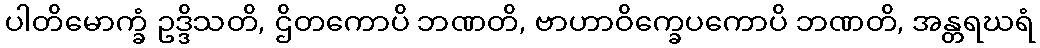
ပါတိမောက္ခံ ဥဒ္ဒိသတိ, ဌိတကောပိ ဘဏတိ, ဗာဟာဝိက္ခေပကောပိ ဘဏတိ, အန္တရဃရံ